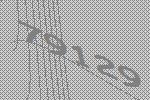
79129